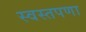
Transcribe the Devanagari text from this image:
स्वस्तपणा